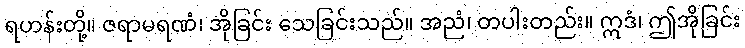
ရဟန်းတို့။ ဇရာမရဏံ၊ အိုခြင်း သေခြင်းသည်။ အညံ၊ တပါးတည်း။ ဣဒံ၊ ဤအိုခြင်း